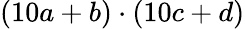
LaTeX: (10a+b)\cdot(10c+d)